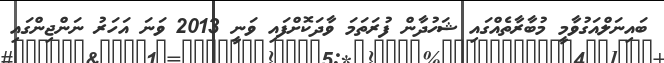
ބައިނަލްއަގުވާމީ މުބާރާތެއްގައި ޝަހުދާން ފުރަތަމަ ވާދަކޮށްފައި ވަނީ 2013 ވަނަ އަހަރު ނަންޖިންގައި